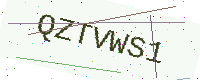
Text: QZTVWS1